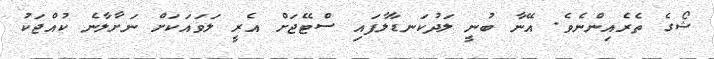
ޝޯގެ ތެރެއިންނެވެ. އޭނާ ބުނީ ލަދުކަނޑާލާފައި ސްޓޭޖަށް އެރީ ލަވައަކަށް ނަށާލާނެ ކުއްޖަކު